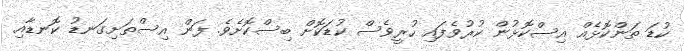
ކުޑަ ތަންކޮޅެއް އިސްކޮޅުން ކުރުވެފައި ހުރީވެސް ކުޑަކޮށް ބިސްކޮށެވެ. ފަން އިސްތަށިގަނޑު ކޮނޑާއި